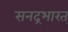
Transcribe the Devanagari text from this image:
सनद्रभारत्